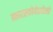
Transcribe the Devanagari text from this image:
त्सारस्कोयेस्येलो